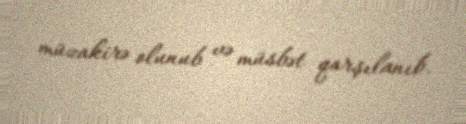
müzakirə olunub və müsbət qarşılanıb.